Vaccination United Provinces of Agra and Oudh 1914-1922 - 1914-1922
Year: 1914
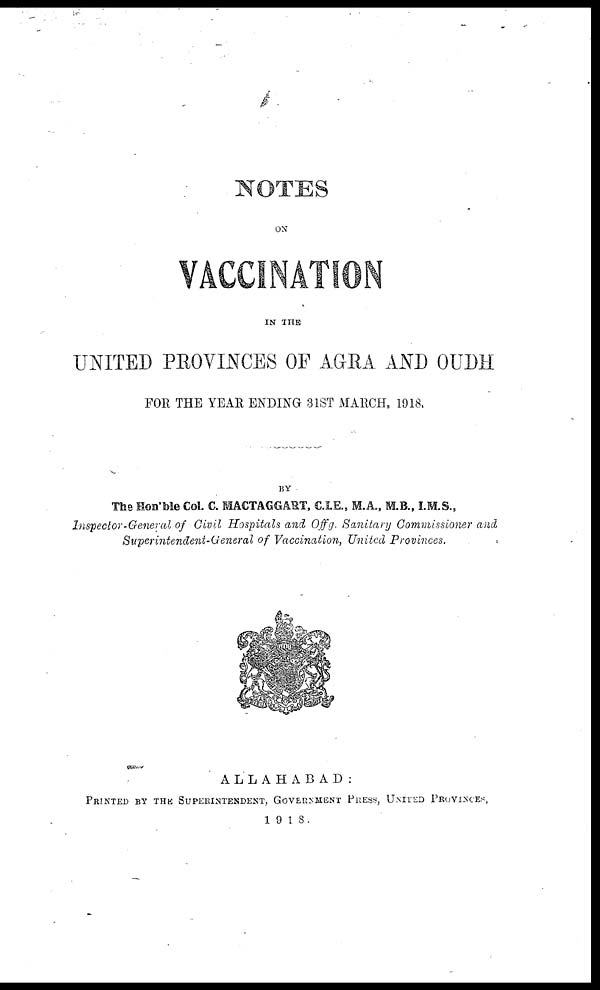
NOTES
ON
VACCINATION
IN THE
UNITED PROVINCES OF AGRA AND OUDH
FOR THE YEAR ENDING 31ST MARCH, 1918,
BY
The Hon'ble Col. C. MACTAGGART, C.I.E., M.A., M.B., I.M.S.,
Inspector-General of Civil Hospitals and Offg. Sanitary Commissioner and
Superintendent-General of Vaccination, United Provinces.
ALLAHABAD:
PRINTED BY THE SUPERINTENDENT, GOVERNMENT PRESS, UNITED PROVINCES,
1918.